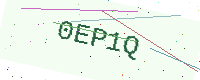
Text: 0EP1Q